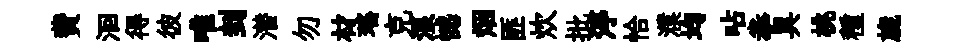
費洄得彼唯刲潜勿材瑤克浪憾烟匪炊批渟恰濮均呫拳具桃種旒